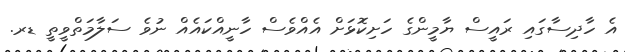
އެ ހާދިސާގައި ރައީސް ޔާމީންގެ ހަށިކޮޅަށް އެއްވެސް ހާނީއްކައެއް ނުވެ ސަލާމަތްވީތީ ޑރ.